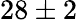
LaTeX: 28\pm 2